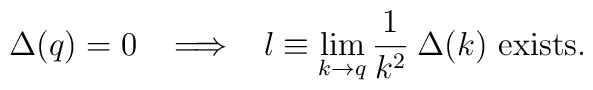
\Delta(q)=0 \;\;\;\Longrightarrow\;\;\; l \equiv \lim_{k \to q}\frac{1}{k^2}\: \Delta(k) {\mbox{ exists}}.